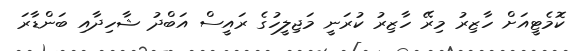
ކޮމެޓީއަށް ހާޒިރު މިރޭ ހާޒިރު ކުރަނީ މަޖިލީހުގެ ރައީސް އަބްދު ޝާހިދާއި ބަންޑާރަ